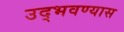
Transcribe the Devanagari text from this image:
उद्भवण्यास